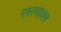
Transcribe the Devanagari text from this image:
रस्‍त्‍यावर